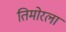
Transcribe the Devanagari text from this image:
तिमोरला